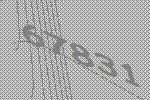
67831